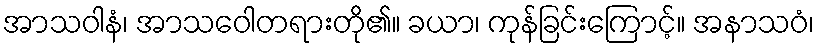
အာသဝါနံ၊ အာသဝေါတရားတို၏။ ခယာ၊ ကုန်ခြင်းကြောင့်။ အနာသဝံ၊